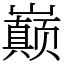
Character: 巅